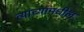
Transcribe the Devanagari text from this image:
त्यांच्यांमधील